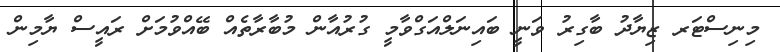
މިނިސްޓަރ ޒިޔާދު ބާގިރު ވަނީ ބައިނަލްއަގްވާމީ ގުރުއާން މުބާރާތެއް ބޭއްވުމަށް ރައީސް ޔާމިން